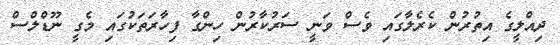
ދިއްލީގެ އިތުރުން ކެރެލާގައި ވެސް ވަނީ ސަރުކާރުން ހިންގާ ފިހާރަތަކުގައި މެގީ ނޫޑްލްސް